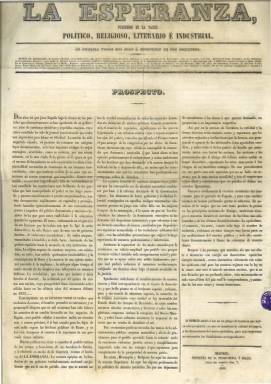
Título: La Esperanza (Madrid. 1844)
Otros títulos: Esperanza de la tarde
Colección: Periódicos || Carlismo
Ámbito geográfico: Madrid
Lugar de publicación: Madrid
Fechas: 10/10/1844-03/01/1874

Con el subtítulo “periódico monárquico”, es la más importante cabecera de la prensa absolutista española del siglo XIX, como órgano oficioso del carlismo. Con una larga vida, nace tras ser vencidas las tropas carlistas con el “abrazo” de Vergara, el 10 de octubre de 1844, en pleno proceso de incorporación de amplios sectores ultracatólicos a la legalidad isabelina emanada de la Constitución de 1845, al ejército, a la administración y al propio Partido Moderado, en ese momento en el poder, pero sin renunciar a sus principios ideológicos como combatiente contra el régimen liberal y parlamentario.

Se trata de un diario de la tarde (excepto domingos y festivos), que prácticamente se publicará sin interrupción y desaparecerá, junto al resto de la prensa carlista y la cantonal, tras el golpe militar del general Manuel Pavía y la nueva asunción del poder del general Francisco Serrano, con el que se finiquita el periodo revolucionario abierto el 18 de septiembre de 1868 y abre la puerta a la Restauración alfonsina un año después.

En 1850 y durante casi un quinquenio, La Esperanza llegará incluso a ocupar el primer puesto en la circulación de la prensa de la época, y competirá como periódico reaccionario con El Católico (1840-1857), aunque éste se centre más en cuestiones religiosas. Durante el bienio progresista, La Esperanza tendrá que competir como principal ariete de la extrema derecha con una publicación más fanática como fue La Regeneración (1855-1873), y lo hará también con El Pensamiento español (1860-1873). En 1857 fue, junto al demócrata La Discusión (1856-1887), el periódico de mayor circulación en España.

Es un diario bien construido y escrito, en cuya primera página incluía el editorial, y daba importante espacio a las noticias, muchas de ellas sazonadas de opinión, y con secciones como la dedicada a espectáculos, no evadiéndose del folletín, generalmente traducido del francés. También es importante su publicidad comercial, especialmente la de libros religiosos, que era una forma de los sectores económicos reaccionarios para sostener esta empresa periodística.

Fue fundado por Antonio de Arjona y Tamariz (1810-1873), militar carlista que pretendió unir las dos ramas borbónicas a través del matrimonio de Isabel II con su primo el infante don Carlos Luis, primogénito de Carlos María Isidro, al igual que originariamente pretendiera así mismo Jaime Balmes (1810-1848) a través de El Pensamiento de la nación (Madrid: 1844-1846). El director de La Esperanza será Pedro de la Hoz (1800-1865), a quien Fernando VII le había otorgado dirigir la Gazeta de Madrid y la Imprenta Nacional desde 1829. Este periodista será uno de los directores de prensa encarcelados en 1852, y tales eran los ánimos en el periodismo español del XIX que De la Hoz tuvo la iniciativa de crear y presidir el primer Tribunal de la Prensa en 1860 para dirimir los duelos (lances de honor) entre los periodistas, que sólo duró dos años.

Intervinieron muy directamente en la redacción de este diario el hijo del director, Vicente de la Hoz y de Liniers (1841-1886), y su yerno, Antonio Juan de Vildósola (1830-1893), quienes le sucederán en la empresa y, tras la desaparición de La Esperanza, sacarán un nuevo título –La Fe (1876-1891)- al comienzo de la Restauración alfonsina.

Un gran número de periodistas tradicionalistas católicos de la mitad de la centuria del diecinueve colaboraron en La Esperanza, siendo uno de los más famosos de su primera época Luis del Barco, que llegó a polemizar con el propio director de la publicación, así como el militar carlista y firmante del Convenio de Vergara Mariano Godoy (1836-1877) y el bohemio José María Carulla (1839-1919). También lo serán Francisco Navarro Villoslada (1818-1895), el cardenal Antolín Monescillo y Viso (1811-1897), Juan Manuel Ortí y Lara (1826-1904) y Miguel Neyra y López.

Referencias bibliográficas para este título, entre otras, son las de Gómez Aparicio (1967), Seoane (1996), Carpizo Bergareche (2008) y Federico Gutiérrez (1987).